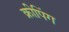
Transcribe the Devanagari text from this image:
क्रीपिंग